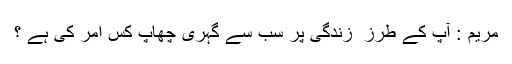
مریم : آپ کے طرز ِ زندگی پر سب سے گہری چھاپ کس امر کی ہے ؟